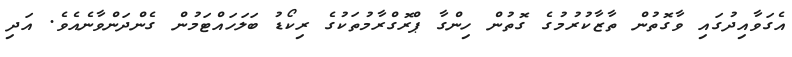
އެގަވާއިދުގައި ވާގޮތުން ތާޒާކުރުމުގެ ގޮތުން ހިންގާ ޕްރޮގްރާމުތަކުގެ ރިކޯޑު ބަލަހައްޓަމުން ގެންދަންވާނެއެވެ. އަދި